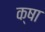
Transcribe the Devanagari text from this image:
क्षा